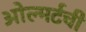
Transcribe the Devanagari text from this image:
ओल्मर्टची